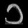
Digit: ၁